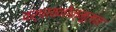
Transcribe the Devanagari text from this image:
वर्षावनोन्मूलन